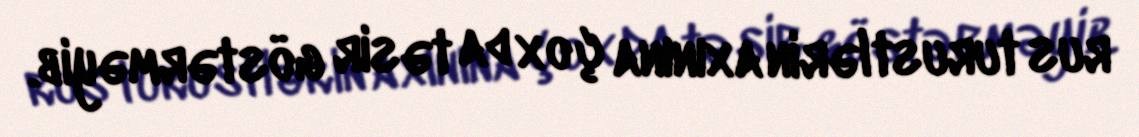
rus turustlərin axınına çox da təsir göstərməyib.